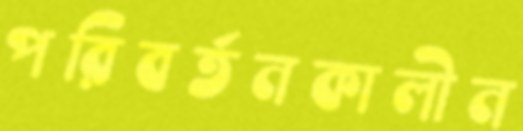
পরিবর্তনকালীন